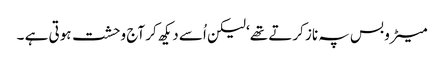
میٹرو بس پہ ناز کرتے تھے‘ لیکن اُسے دیکھ کر آج وحشت ہوتی ہے ۔